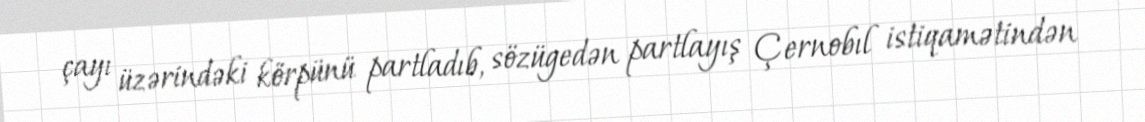
çayı üzərindəki körpünü partladıb, sözügedən partlayış Çernobıl istiqamətindən